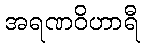
အရဏဝိဟာရီ